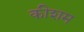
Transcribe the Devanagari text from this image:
कीशम